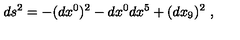
d s ^ { 2 } = - ( d x ^ { 0 } ) ^ { 2 } - d x ^ { 0 } d x ^ { 5 } + ( d x _ { 9 } ) ^ { 2 } \ ,